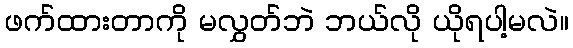
ဖက်ထားတာကို မလွှတ်ဘဲ ဘယ်လို ယိုရပါ့မလဲ။